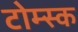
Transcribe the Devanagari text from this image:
टोम्स्क